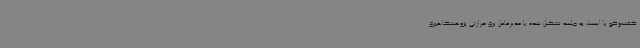
گفت‌وگو با ایسنا، به جلسه تشکیل شده با مدیرعامل برق حرارتی پژوهشگاهبرق